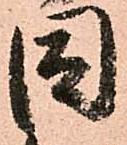
固